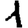
Digit: 1